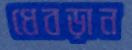
ধেবড়ান